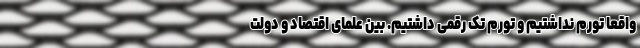
واقعاً تورم نداشتیم و تورم تک رقمی داشتیم. بین علمای اقتصاد و دولت